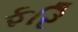
ફરિ